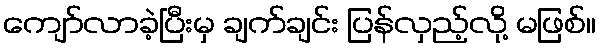
ကျော်လာခဲ့ပြီးမှ ချက်ချင်း ပြန်လှည့်လို့ မဖြစ်။